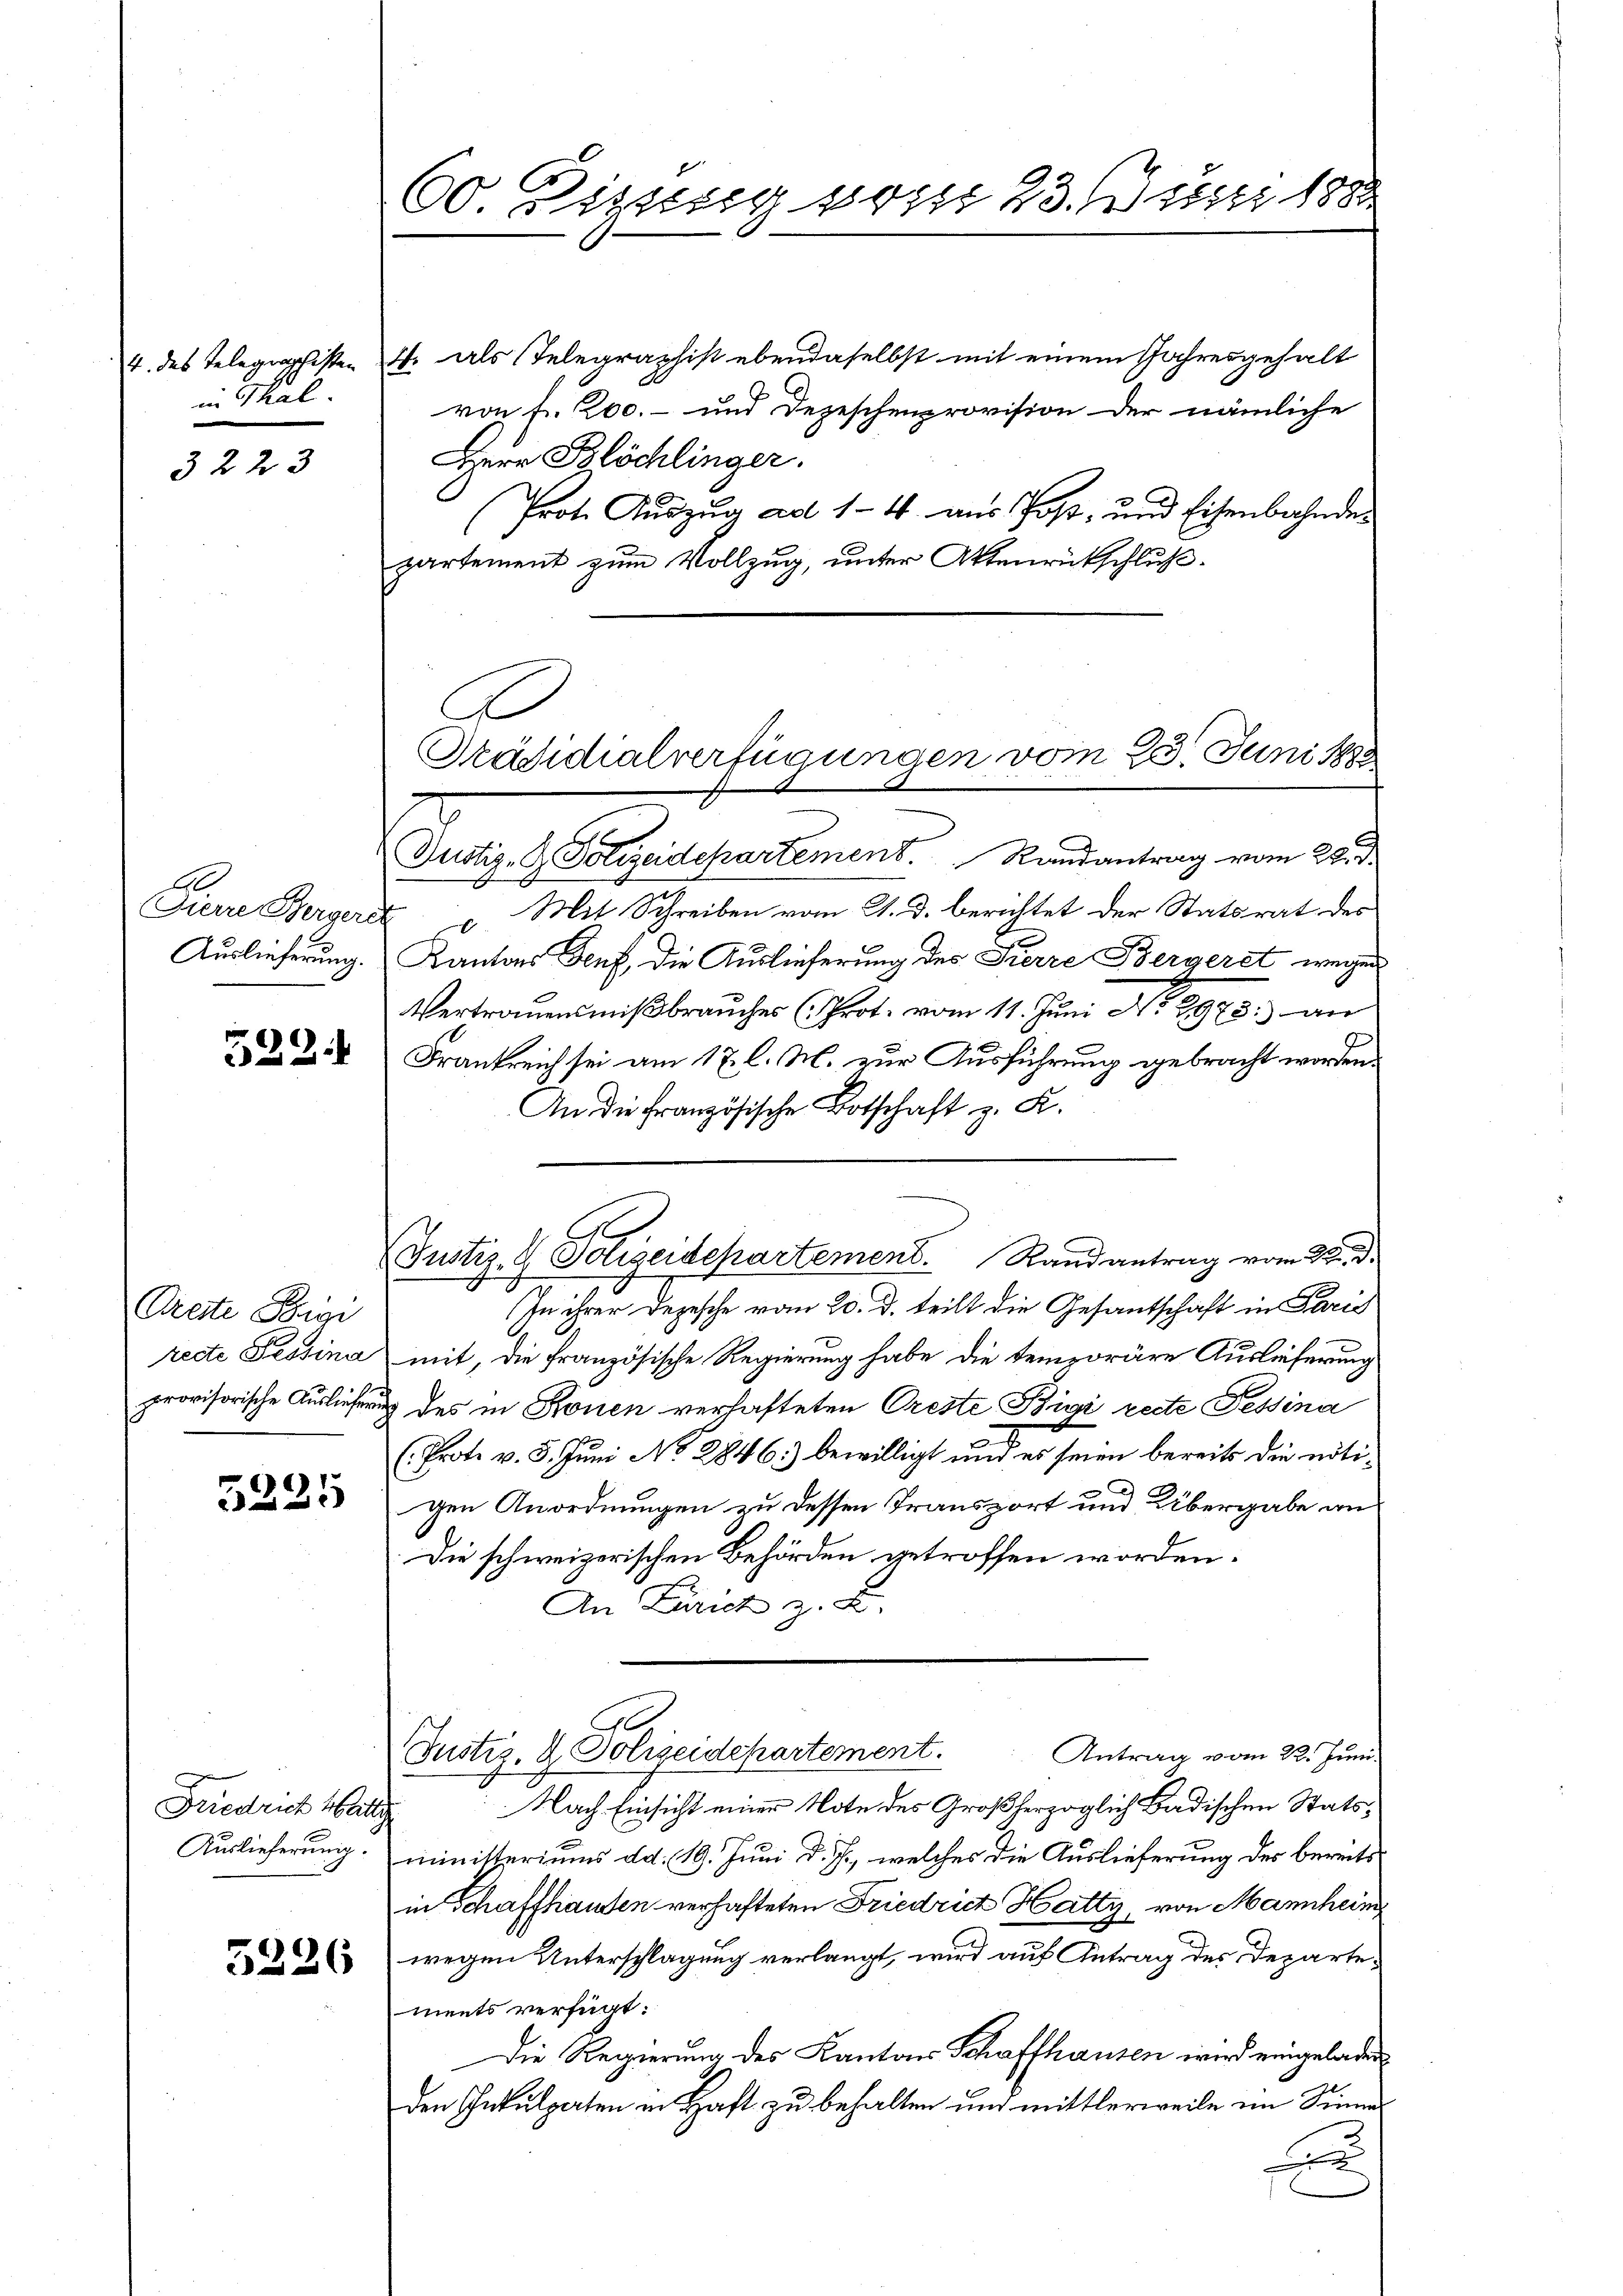
in Thal.

3223

A.
Fierre Bergeri
Auslieferung.

522.

Oreste Vigi
recte Tessina
porovisorische Ausliefer

5225

Friedrich Watti
Auslieferung.

5226

60 Sitzung vom 23. Juni 188

4. des Telegraphisten 4. als Telegraphist ebendaselbst mit einem Jahresgehalt
von fr. 200.- und Dezeschenprovision der nämliche
Herr Blöchlinger.
Prote Auszug ad 1-4. aus Post- und Eisenbahnde
partement zum Vollzug, unter Aktenrückschluß¬
Dustiz- & Polizeidepartement. Randantrag vom 22. d.
 u Mit Schreiben vom 21. d. berichtet der Statsrat des
Kantons Teuf, die Auslieferung des Pierre Bergeret wegen
Vertrauensmißbrauches (rot. vom 11. Juni d. 2975. an
Frankreich sei am 17. l. M. zur Ausführung gebracht worden.
An die französische Botschaft z. K.
(Justiz- & Polizeidepartement. Randantrag vom 22. d.
In ihrer Depesche vom 20. d. teilt die Gesantschaft in Paris
mit, die französische Regierung habe die temporäre Auslieferung
 des in Ronen verhafteten Creste Bigi recte Fessina
(Prote v. 5. Juni No 2846) bewilligt und es seien bereits die nöti¬
C
gen Anordnungen zu dessen Transport und Übergabe an
Die schweizerischen Behörden getroffen worden.
An Zürich z. B.
Justiz- & Polizeidepartement.
Antrag vom 22. Juni.
Nach Einsicht einer Note des Großherzoglich Badischen Statsministeriums d.d. 19. Juni d. J., welches die Auslieferung des bereits
in Schaffhausen verhafteten Friedrich Hatty, von Mannheim
wegen Unterschlagung verlangt, wird auf Antrag des Departements verfügt:
Die Regierung des Kantons Schaffhausen wird eingeladen
den Inkulpaten in Haft zu behalten und mittlerweile im Sinne
u

A
Präsidialverfügungen vom 23. Juni 188